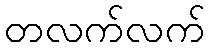
တလက်လက်